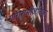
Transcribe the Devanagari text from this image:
गाराशसीज़लिक